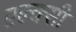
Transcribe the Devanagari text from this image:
एल्क्सी